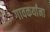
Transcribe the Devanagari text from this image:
गावकर्यांना